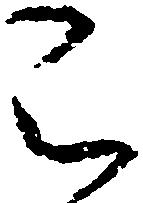
被